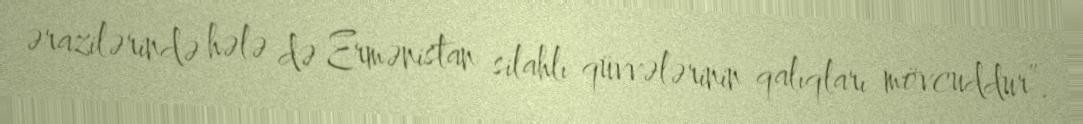
ərazilərində hələ də Ermənistan silahlı qüvvələrinin qalıqları mövcuddur”.